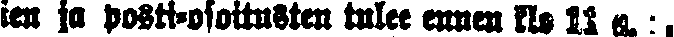
ien ja posti-osoitusten tulee ennen klo 11 a. p.